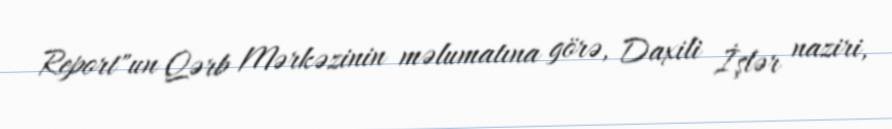
Report"un Qərb Mərkəzinin məlumatına görə, Daxili İşlər naziri,